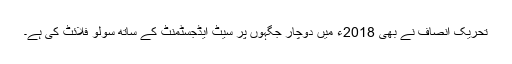
تحریک انصاف نے بھی 2018ء میں دوچار جگہوں پر سیٹ ایڈجسٹمنٹ کے ساتھ سولو فلائٹ کی ہے۔